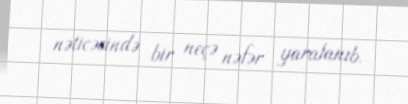
nəticəsində bir neçə nəfər yaralanıb.